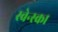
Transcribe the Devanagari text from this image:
स्वेन्स्का